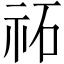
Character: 祏